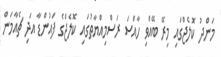
މަންދު ކޮލެޖްގައި މިރޭ ބޭއްވި ހާއްސަ ރަސްމިއްޔާތުގައި ކޮލެޖްގެ ފައުންޑާ އަދި ޗެއާމަން